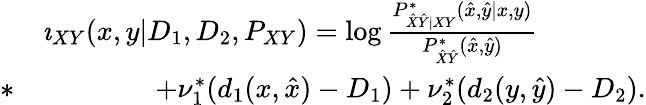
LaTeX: \begin{array}{rl}&{\imath_{XY}(x,y|D_{1},D_{2},P_{XY})=\log\frac{P_{\hat{X}\hat{Y}|XY}^{*}(\hat{x},\hat{y}|x,y)}{P_{\hat{X}\hat{Y}}^{*}(\hat{x},\hat{y})}}\\ {*}&{\qquad\qquad+\nu_{1}^{*}(d_{1}(x,\hat{x})-D_{1})+\nu_{2}^{*}(d_{2}(y,\hat{y})-D_{2}).}\end{array}